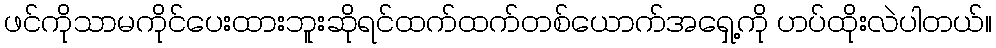
ဖင်ကိုသာမကိုင်ပေးထားဘူးဆိုရင်ထက်ထက်တစ်ယောက်အရှေ့ကို ဟပ်ထိုးလဲပါတယ်။